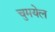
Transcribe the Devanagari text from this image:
चुमयेल